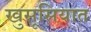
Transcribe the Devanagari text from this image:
खुसूसियात